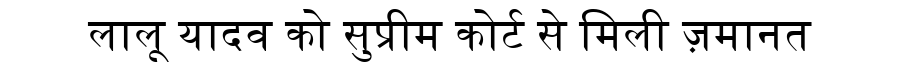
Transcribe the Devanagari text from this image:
लालू यादव को सुप्रीम कोर्ट से मिली ज़मानत